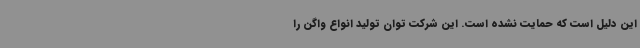
این دلیل است که حمایت نشده است. این شرکت توان تولید انواع واگن را